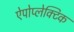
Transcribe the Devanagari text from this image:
ऐपोप्लेक्टिक